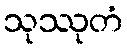
သုဿုတံ